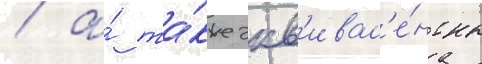
/ а́ та́кже экв'ивал'е́нтны